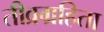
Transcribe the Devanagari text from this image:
तीव्रग्रहिता